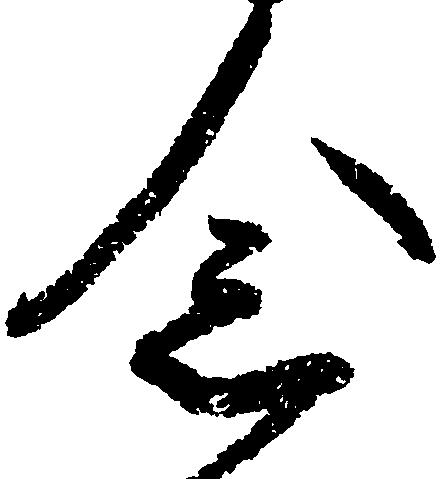
念